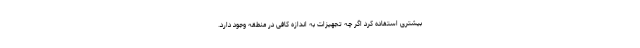
بیشتری استفاده کرد اگر چه تجهیزات به اندازه کافی در منطقه وجود دارد.